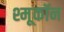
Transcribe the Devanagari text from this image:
श्मूकॉन